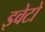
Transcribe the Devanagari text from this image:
इवेटो